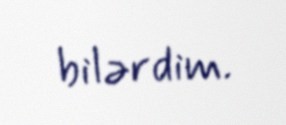
bilərdim.